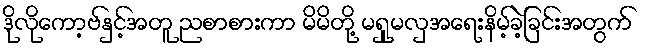
ဒိုလိုကော့ဗ်နှင့်အတူ ညစာစားကာ မိမိတို့ မရှုမလှအရေးနိမ့်ခဲ့ခြင်းအတွက်